Vaccine operations Central Provinces 1900-1911 - 1900-1911
Year: 1900
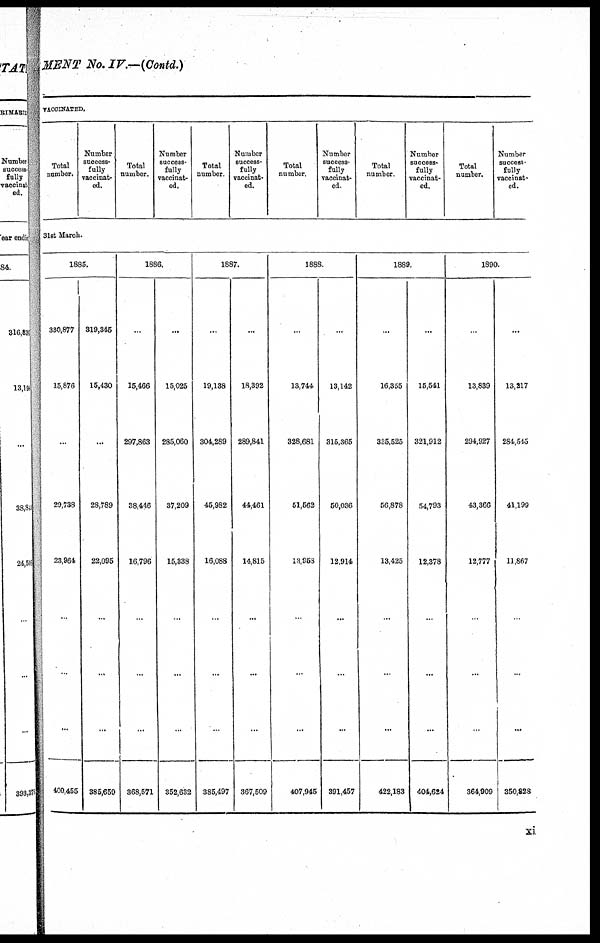
MENT No.IV.—(Contd.)
VACCINATED.
Total
number.
Number
success-
fully
vaccinat-
ed.
Total
number.
Number
success-
fully
vaccinat-
ed.
Total
number.
Number
success-
fully
vaccinat-
ed.
Total
number.
Number
success-
fully
vaccinat-
ed
Total
number
Number
success¬
fully
vaccinat-
ed.
Total
number.
Number
success-
fully
vaccinat-
ed.
31st March.
1885.
330,877
15,876
...
29,738
23,964
..
..
...
400,455
319,345
15,430
...
28,789
22,095
...
...
...
385,659
1886.
...
15,466
297,863
38,446
16,796
...
...
...
368,571
...
15,025
285,060
37,209
15,338
...
...
...
352,632
1887.
...
19,138
304,289
45,982
16,088
...
...
...
385,497
...
18,392
289,841
44,461
14,815
...
...
...
367,509
1888
...
13,744
328,681
51,562
13,953
...
...
...
407,945
...
13,142
315,365
50,036
12,914
...
...
...
391,457
1889.
...
16,355
335,525
56,878
13,425
...
...
...
422,183
...
15,541
321,912
54,793
12,378
...
...
...
404,624
1890.
...
13,839
294,927
43,366
12,777
...
...
...
364,909
...
13,217
284,545
41,199
11,867
...
...
...
350,828
xi